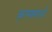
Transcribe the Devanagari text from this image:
कृष्णमध्ये